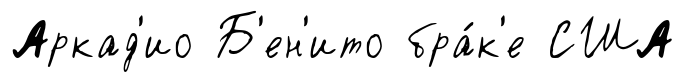
Аркад'ио Б'ен'ито бра́к'е США